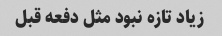
زیاد تازه نبود مثل دفعه قبل